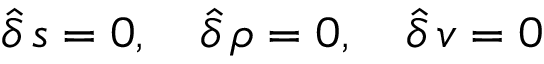
\hat { \delta } \, s = 0 , \quad \hat { \delta } \, \rho = 0 , \quad \hat { \delta } \, { \boldsymbol v } = \boldsymbol { 0 }